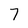
Character: 7